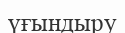
үғындыру